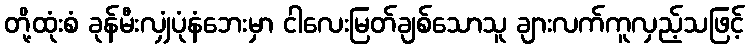
တို့ထုံးစံ ခုန်မီးလျှံပုံနံဘေးမှာ ငါလေးမြတ်ချစ်သောသူ ချားလက်ကူလှည့်သဖြင့်